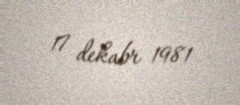
17 dekabr 1981